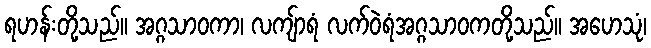
ရဟန်းတို့သည်။ အဂ္ဂသာဝကာ၊ လကျ်ာရံ လက်ဝဲရံအဂ္ဂသာဝကတို့သည်။ အဟေသုံ၊